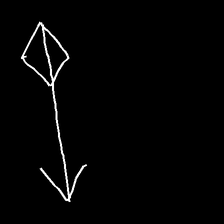
Glyph: focus